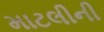
માટલીની